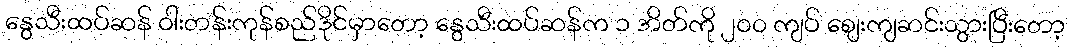
နွေသီးထပ်ဆန် ဝါးတန်းကုန်စည်ဒိုင်မှာတော့ နွေသီးထပ်ဆန်က ၁ အိတ်ကို ၂၀၀ ကျပ် ဈေးကျဆင်းသွားပြီးတော့